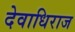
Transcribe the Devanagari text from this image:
देवाधिराज